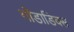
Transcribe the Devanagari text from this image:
गोंडाडिक्‍स